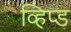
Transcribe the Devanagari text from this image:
व्हिप्ड